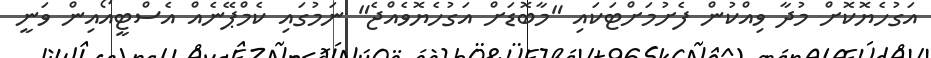
އަގުހެޔޮކޮށް މުދާ ވިއްކުން ފެށުމަށްޓަކައި "މާބޮޑަށް އަގުހެޔޮވެއްޖެ" ނަމުގައި ކެމްޕޭނެއް އެސްޓީއޯއިން ވަނީ